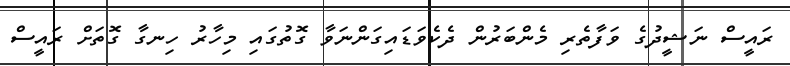
ރައީސް ނަޝީދުގެ ވަފާތެރި މެންބަރުން ދެކެވަޑައިގަންނަވާ ގޮތުގައި މިހާރު ހިނގާ ގޮތަށް ރައީސް